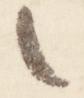
之